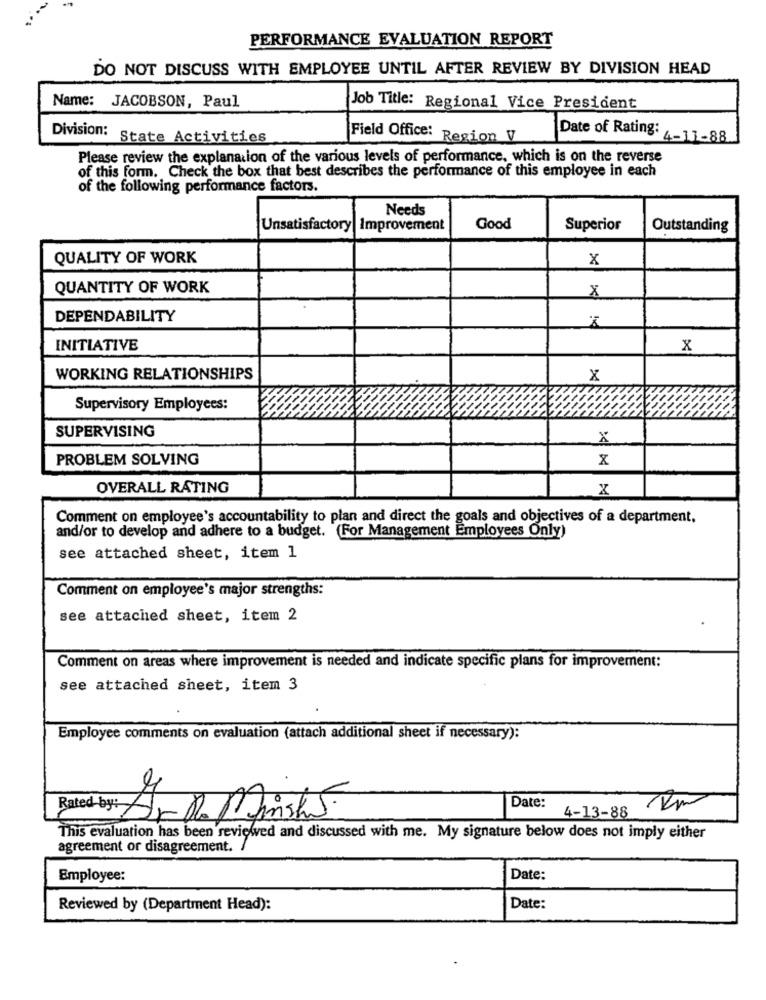
PERFORMANCE EVALUATION REPORT
DO NOT DISCUSS WITH EMPLOYEE UNTIL AFTER REVIEW BY DIVISION HEAD
Name: JACOBSON, Paul
Job Title: Regional Vice President
Division: State Activities
Field Office: Region V
Date of Rating: 4-11-88
Please review the explanation of the various levels of performance, which is on the reverse
of this form. Check the box that best describes the performance of this employee in each
of the following performance factors.
Needs
Unsatisfactory
Improvement
Good
Superior
Outstanding
QUALITY OF WORK
x
QUANTITY OF WORK
8
DEPENDABILITY
INITIATIVE
x
WORKING RELATIONSHIPS
X
Supervisory Employees:
SUPERVISING
x
PROBLEM SOLVING
x
OVERALL RATING
X
Comment on employee's accountability to plan and direct the goals and objectives of a department.
and/or to develop and adhere to a budget. (For Management Employees Only)
see attached sheet, item 1
Comment on employee's major strengths:
see attached sheet, item 2
Comment on areas where improvement is needed and indicate specific plans for improvement:
see attached sheet, item 3
Employee comments on evaluation (attach additional sheet if necessary):
Date:
Eby: Ar De Minist5
4-13-88
This evaluation has been reviewed and discussed with me. My signature below does not imply either
agreement or disagreement. /
Employee:
Date:
Reviewed by (Department Head):
Date: